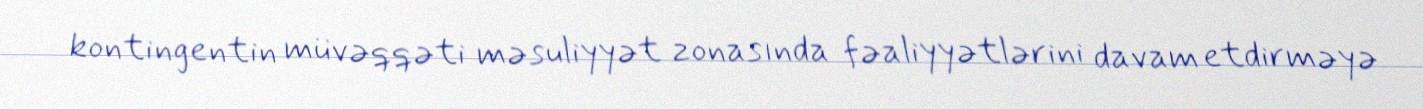
kontingentin müvəqqəti məsuliyyət zonasında fəaliyyətlərini davam etdirməyə